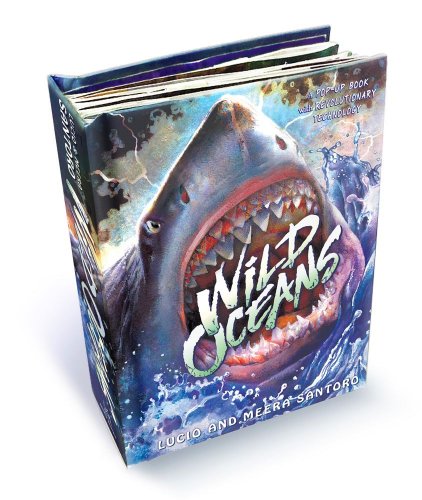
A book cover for Wild Oceans: A Pop-up Book with Revolutionary Technology; Lucio Santoro; Children's Books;